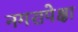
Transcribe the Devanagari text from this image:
नगरापेक्षा